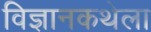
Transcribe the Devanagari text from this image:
विज्ञानकथेला